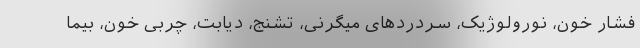
فشار خون، نورولوژیک، سردردهای میگرنی، تشنج، دیابت، چربی خون، بیما